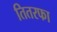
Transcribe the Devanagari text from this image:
तितरफा